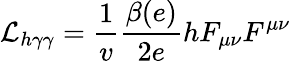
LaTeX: {\cal L}_{h\gamma\gamma}=\frac{1}{v}\frac{\beta(e)}{2e}hF_{\mu\nu}F^{\mu\nu}